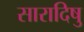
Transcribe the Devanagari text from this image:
सारादिषु